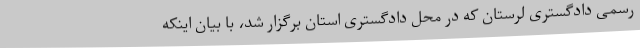
رسمی دادگستری لرستان که در محل دادگستری استان برگزار شد، با بیان اینکه